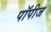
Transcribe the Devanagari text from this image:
पॉपीज